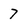
Character: 7